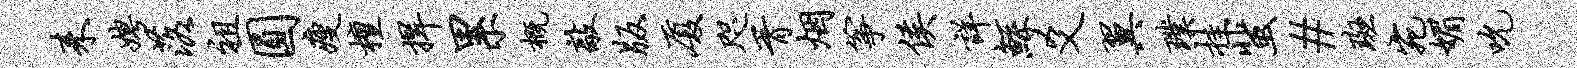
耒娉落祖圆瘦檀捍累概敲版厦咫胥烟筝侯详鲧爻翼璞挂蜚#斑宛媚吮